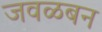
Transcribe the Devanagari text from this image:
जवळबन